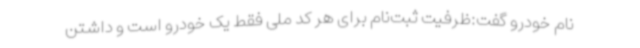
نام خودرو گفت:ظرفیت ثبت‌نام برای هر کد ملی فقط یک خودرو است و داشتن